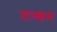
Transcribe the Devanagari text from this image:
टन्डन